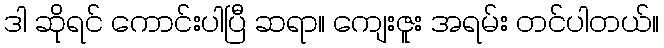
ဒါ ဆိုရင် ကောင်းပါပြီ ဆရာ။ ကျေးဇူး အရမ်း တင်ပါတယ်။